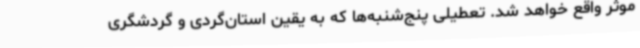
موثر واقع خواهد شد. تعطیلی پنج‌شنبه‌ها که به یقین استان‌گردی و گردشگری